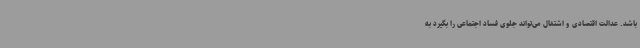
باشد. عدالت اقتصادی و اشتغال می‌تواند جلوی فساد اجتماعی را بگیرد به